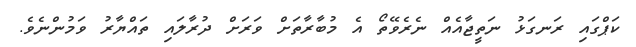
ކަޕްގައި ރަނގަޅު ނަތީޖާއެއް ނެރެވޭތޯ އެ މުބާރާތަށް ވަރަށް ދުރާލައި ތައްޔާރު ވަމުންނެވެ.